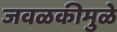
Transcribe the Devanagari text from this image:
जवळकीमुळे